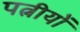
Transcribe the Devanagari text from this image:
पत्नीयों